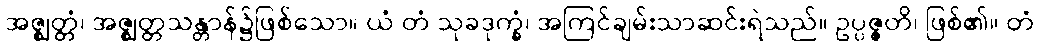
အဇ္ဈတ္တံ၊ အဇ္ဈတ္တသန္တာန်၌ဖြစ်သော။ ယံ တံ သုခဒုက္ခံ၊ အကြင်ချမ်းသာဆင်းရဲသည်။ ဥပ္ပဇ္ဇတိ၊ ဖြစ်၏။ တံ